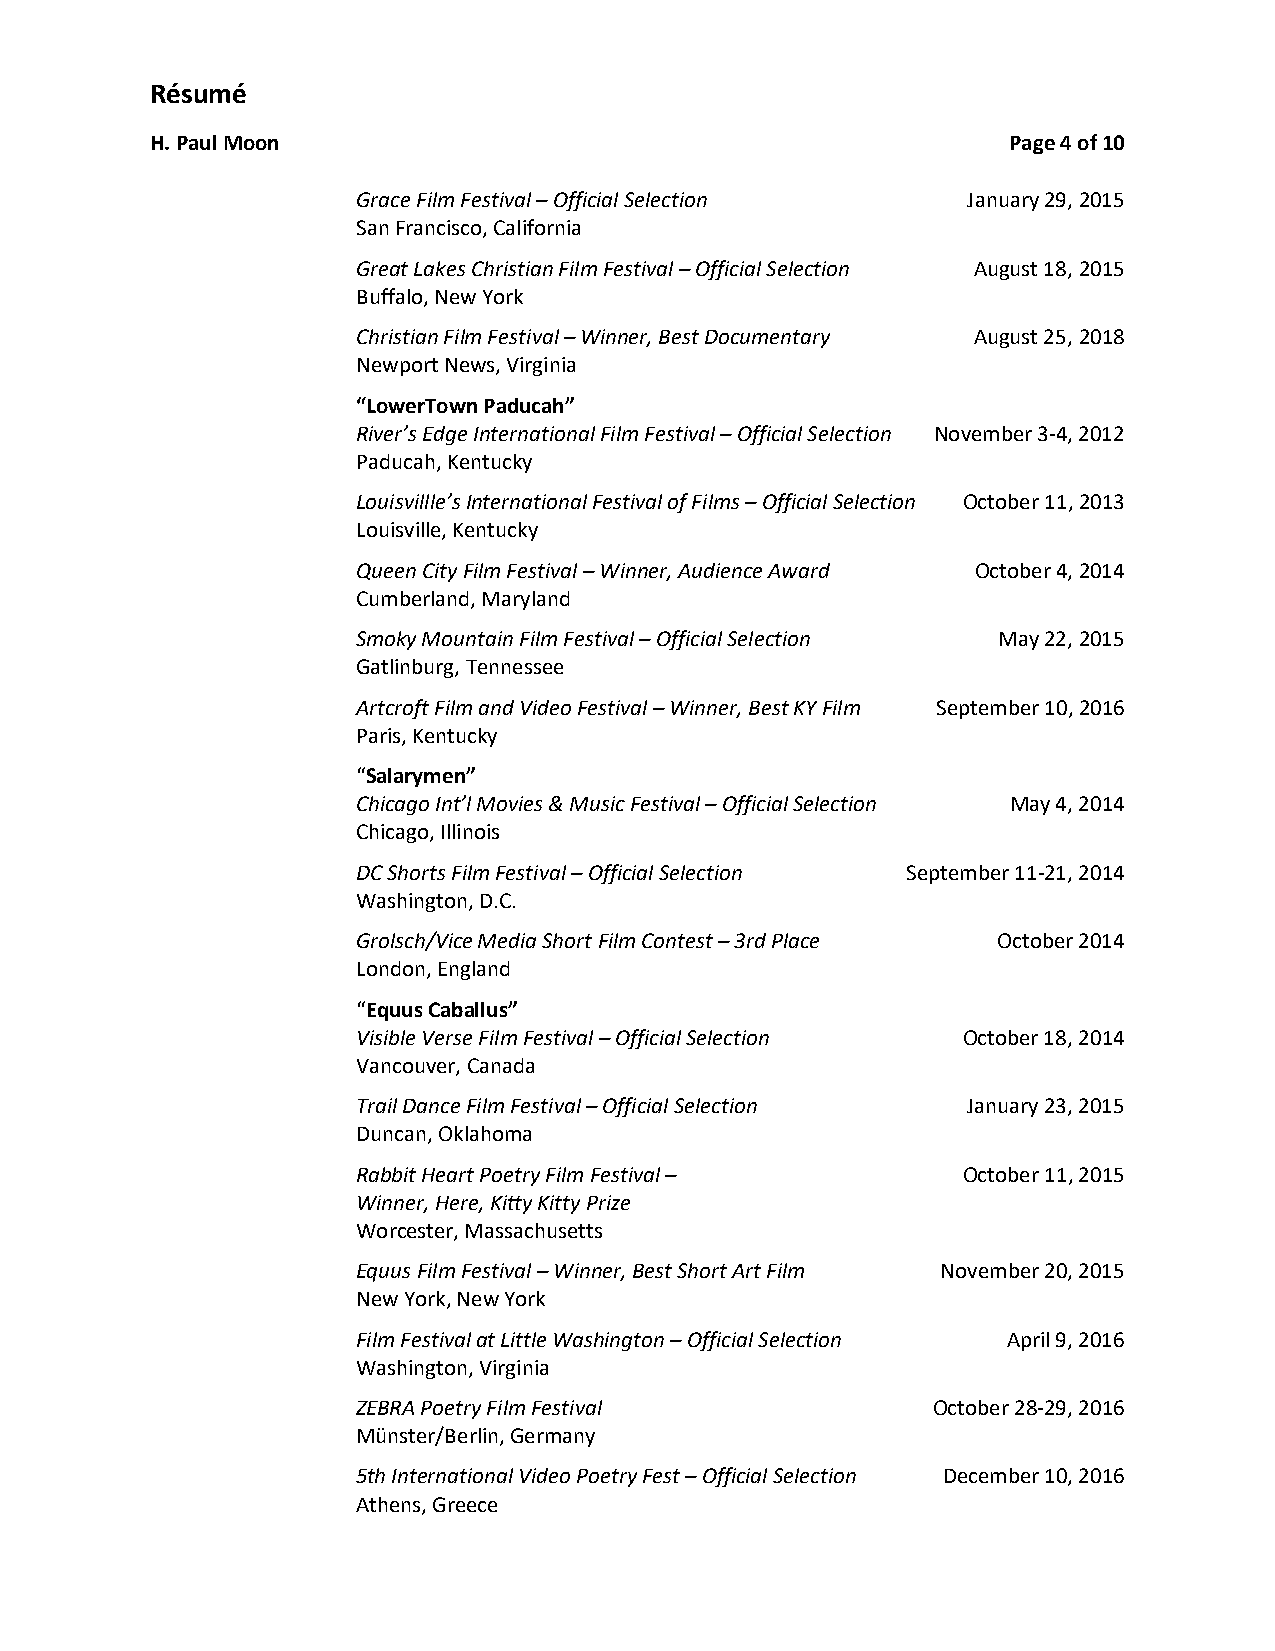
Résumé
 H. Paul Moon                                             Page 4 of 10
 Grace Film Festival – Official Selection January 29, 2015
 San Francisco, California
 Great Lakes Christian Film Festival – Official Selection August 18, 2015
 Buffalo, New York
 Christian Film Festival – Winner, Best Documentary August 25, 2018
 Newport News, Virginia
 “LowerTown Paducah”
 River’s Edge International Film Festival – Official Selection November 3-4, 2012
 Paducah, Kentucky
 Louisvillle’s International Festival of Films – Official Selection October 11, 2013
 Louisville, Kentucky
 Queen City Film Festival – Winner, Audience Award October 4, 2014
 Cumberland, Maryland
 Smoky Mountain Film Festival – Official Selection May 22, 2015
 Gatlinburg, Tennessee
 Artcroft Film and Video Festival – Winner, Best KY Film September 10, 2016
 Paris, Kentucky
 “Salarymen”
 Chicago Int’l Movies & Music Festival – Official Selection May 4, 2014
 Chicago, Illinois
 DC Shorts Film Festival – Official Selection September 11-21, 2014
 Washington, D.C.
 Grolsch/Vice Media Short Film Contest – 3rd Place October 2014
 London, England
 “Equus Caballus”
 Visible Verse Film Festival – Official Selection October 18, 2014
 Vancouver, Canada
 Trail Dance Film Festival – Official Selection January 23, 2015
 Duncan, Oklahoma
 Rabbit Heart Poetry Film Festival –     October 11, 2015
 Winner, Here, Kitty Kitty Prize
 Worcester, Massachusetts
 Equus Film Festival – Winner, Best Short Art Film November 20, 2015
 New York, New York
 Film Festival at Little Washington – Official Selection April 9, 2016
 Washington, Virginia
 ZEBRA Poetry Film Festival            October 28-29, 2016
 Münster/Berlin, Germany
 5th International Video Poetry Fest – Official Selection December 10, 2016
 Athens, Greece